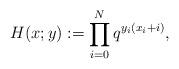
LaTeX: \begin{align*}H(x;y) := \prod_{i=0}^{N} q^{y_i(x_i+i)},\end{align*}